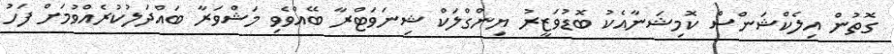
ގޮތުން އިލެކްޝަންސް ކޮމިޝަނާއެކު ބޮޑުވަޒީރު ޔިންގްލަކް ޝިނަވަޓްރާ ބޭއްވެވި މަޝްވަރާ ބައްދަލުކުރެއްވުމަށް ފަހު